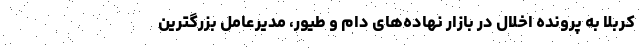
کربلا به پرونده اخلال در بازار نهاده‌های دام و طیور، مدیرعامل بزرگترین